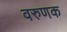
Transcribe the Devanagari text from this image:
वरुणक